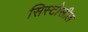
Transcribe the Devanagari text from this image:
सिस्टोसील